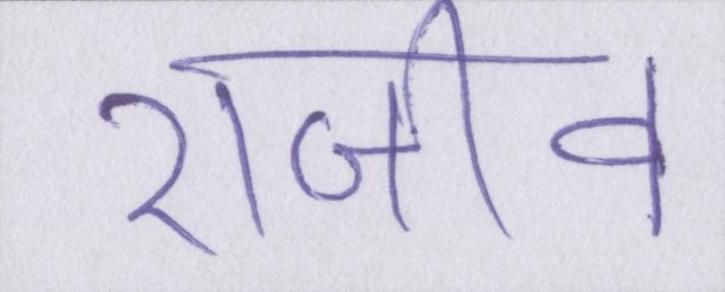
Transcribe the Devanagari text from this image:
राजीव